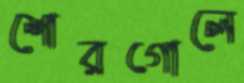
শোরগোলে